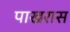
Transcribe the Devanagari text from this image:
पाखरास